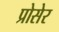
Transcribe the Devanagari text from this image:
प्रोसेर